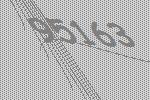
95163